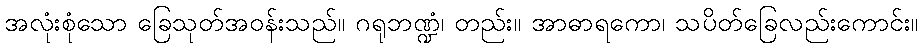
အလုံးစုံသော ခြေသုတ်အဝန်းသည်။ ဂရုဘဏ္ဍံ၊ တည်း။ အာဓာရကော၊ သပိတ်ခြေလည်းကောင်း။